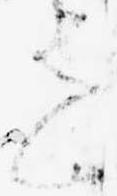
を